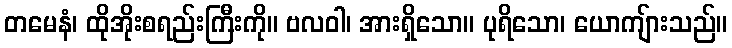
တမေနံ၊ ထိုအိုးစရည်းကြီးကို။ ဗလဝါ၊ အားရှိသော။ ပုရိသော၊ ယောကျ်ားသည်။